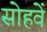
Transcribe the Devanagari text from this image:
सोहवें